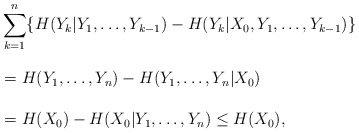
\begin{align*}&\sum_{k=1}^n\{H(Y_k|Y_1,\ldots,Y_{k-1})-H(Y_k|X_0,Y_1,\ldots,Y_{k-1})\} \\ &=H(Y_1,\ldots,Y_n)-H(Y_1,\ldots,Y_n|X_0)\phantom{\sum_{k=1}^n} \\&= H(X_0)-H(X_0|Y_1,\ldots,Y_n) \le H(X_0),\end{align*}